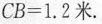
$$C B = 1 . 2米$$.